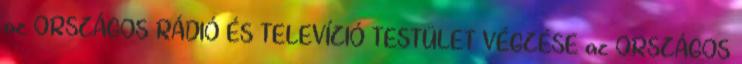
az ORSZÁGOS RÁDIÓ ÉS TELEVÍZIÓ TESTÜLET VÉGZÉSE az ORSZÁGOS